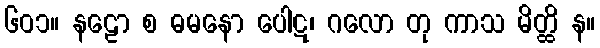
၆၀၁။ နဠော စ ဓမနော ပေါဋ၊ ဂလော တု ကာသ မိတ္ထိ န။